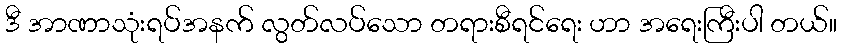
ဒီ အာဏာသုံးရပ်အနက် လွတ်လပ်သော တရားစီရင်ရေး ဟာ အရေးကြီးပါ တယ်။